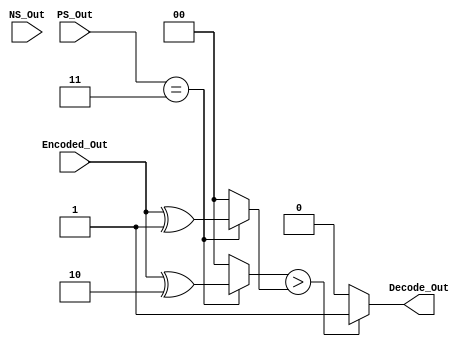
module Decode_State3 (Encoded_Out,NS_Out,PS_Out,Decode_Out);
  input [1:0]Encoded_Out;
  input [1:0]NS_Out;
  input [1:0]PS_Out;
  output Decode_Out;
  reg [1:0]IP0,IP1;
  always @ (Encoded_Out,NS_Out,PS_Out)
  
  if (PS_Out==2'b11)
    begin
    IP0=Encoded_Out^2'b10;
    IP1=Encoded_Out^2'b01;
    end
  else
    begin
    IP0=2'b00;
    IP1=2'b00;
    end   
    
  assign Decode_Out=IP0>IP1?1'b1:1'b0;
  
endmodule